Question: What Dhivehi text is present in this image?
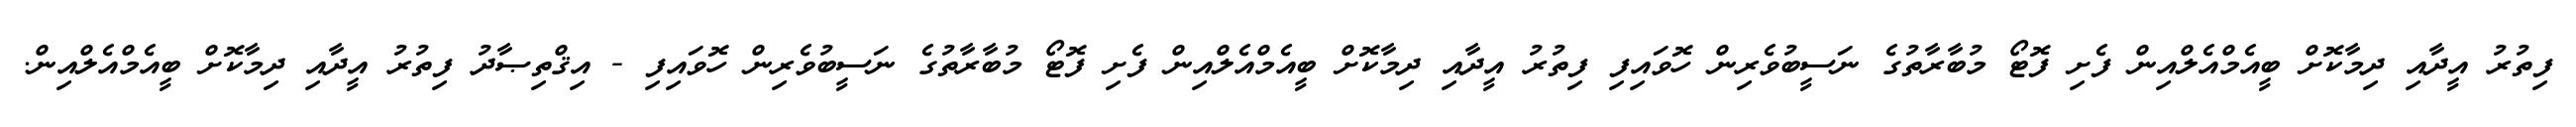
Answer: ފިތުރު އީދާއި ދިމާކޮށް ބީއެމްއެލްއިން ފެށި ފޮޓޯ މުބާރާތުގެ ނަސީބުވެރިން ހޮވައިފި ފިތުރު އީދާއި ދިމާކޮށް ބީއެމްއެލްއިން ފެށި ފޮޓޯ މުބާރާތުގެ ނަސީބުވެރިން ހޮވައިފި - އިޤްތިޞާދު ފިތުރު އީދާއި ދިމާކޮށް ބީއެމްއެލްއިން.